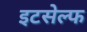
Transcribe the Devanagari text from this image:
इटसेल्फ